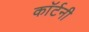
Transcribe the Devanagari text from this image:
काॅर्टनी